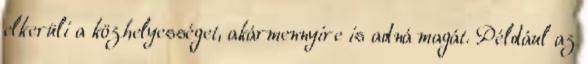
elkerüli a közhelyességet, akármennyire is adná magát. Például az